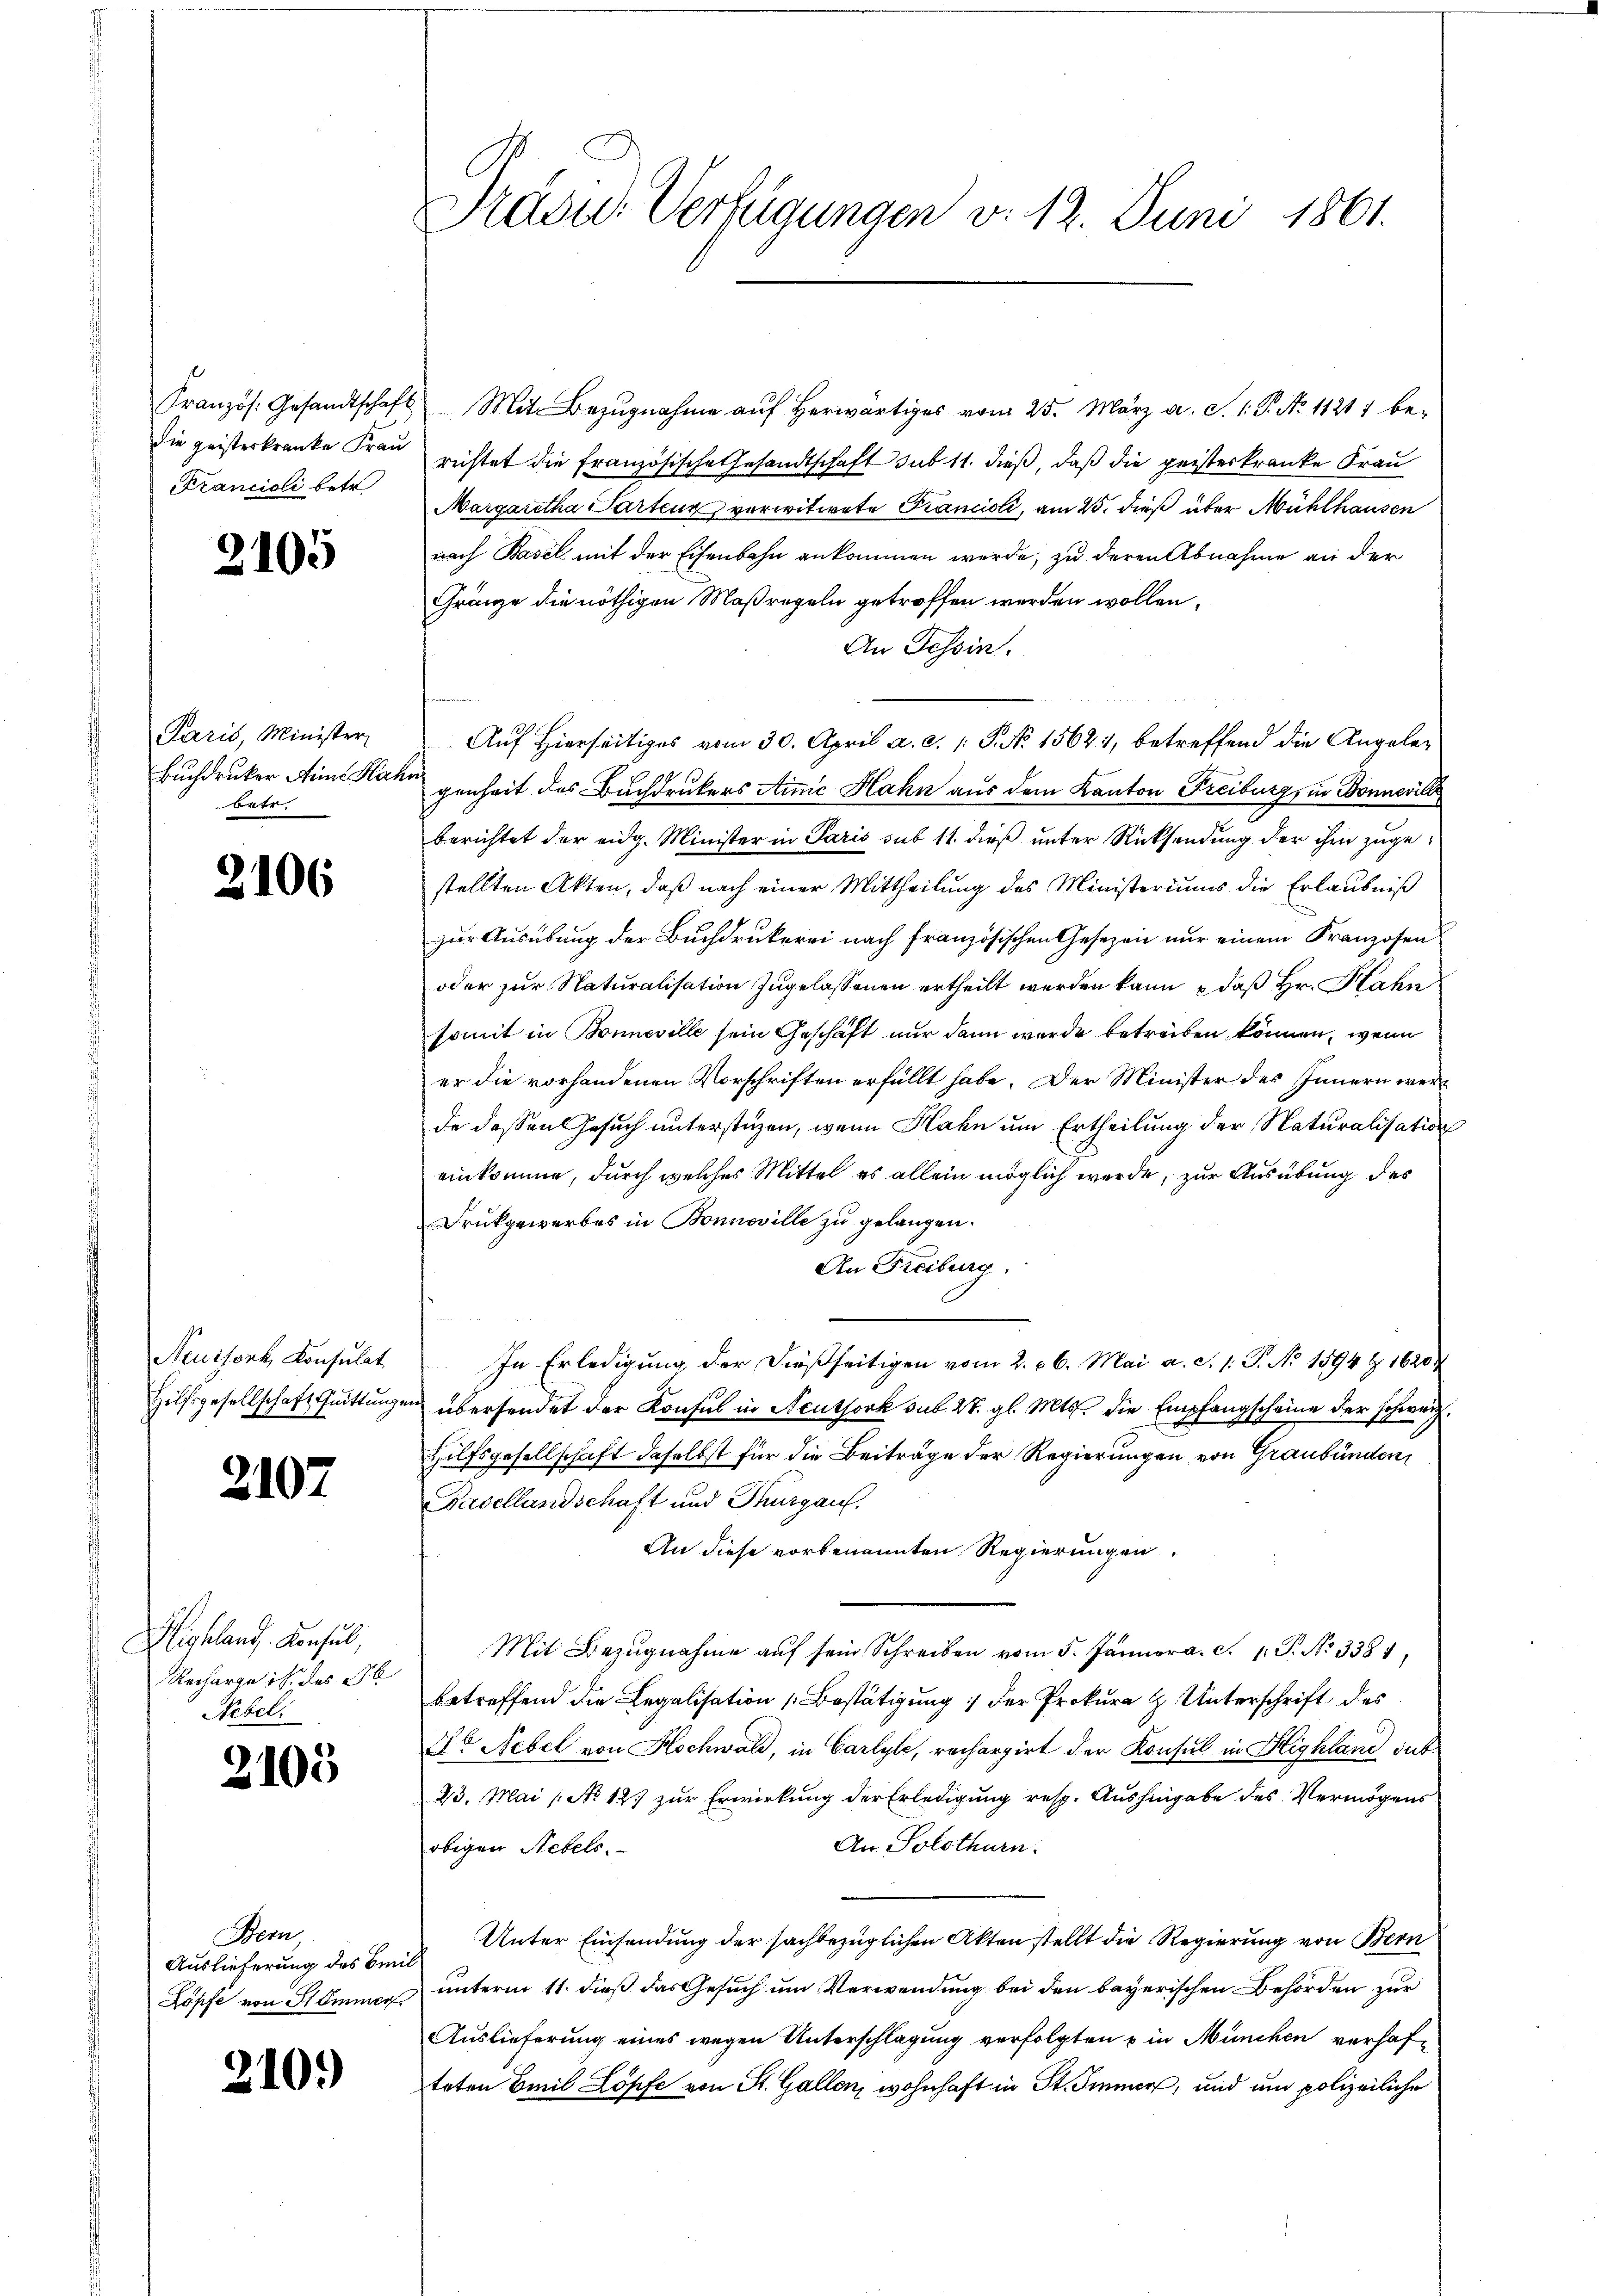
die geisterkranke Frau
Krancioli betr

2105

Paris, Minister
Buchdruker Anna Hah
betr.

2106

Neuisork, Konsulat

2107.

Mighland. Konsul,
Recharge ich des 16
Nebel.

2105

Sem
Auslieferung des Bei
Köpfe von Stämmer

210.)

Präsid. Verfügungen v. 12. Juni 1861.

Französ. Gesandtschaft Mit Bezŭgnahme aŭf herwärtiges vom 25. März a. S. 1. P. No 1121 be-
richtet die französische Gesandtschaft sub 11. dieß, daß die geisterkranke Frau
Margaretha Partenz verwitwete Krancici, am 25. dieß über Mühlhausen
nach Basel mit der Eisenbahn ankommen werde, zu deren Abnahme an der
Gränze die nöthigen Maßregeln getroffen werden wollen,
An Tessin.
Auf Hierseitiges vom 30. April a. c. 1 S. No 15624, betreffend die Angelegenheit des Buchdrukers eine Hahn aus dem Kanton Freiburg, in Donneville
berichtet der eidg. Minister in Paris sub 11 dieß unter Rücksendung der ihm zugestellten Akten, daß nach einer Mittheilung des Ministeriums die Erlaubniß
zur Ausübung der Buchdrukerei nach französischen Gesezen nur einem Franzosen
oder zur Naturalisation zugelassenen ertheilt werden kann, daß Hr. Hahn
somit in Bonneville sein Geschäft nur dann wurde betreiben können, wenn
er die vorhandenen Vorschriften erfüllt habe. Der Minister des Innern werde dessen Gesuch unterstüzen, wenn Hahn um Ertheilung der Naturalisation
einkomme, durch welches Mittel es allein möglich werde, zur Ausübung des
Drückgewerbes in Bonnoville zu gelangen.
An Freiburg.
In Erledigung der dießseitigen vom 2. 66. Mai a. S. 1: G. No 1594 § 1620
Hilfsgesellschaft Guittungen übersendet der Konsul in Aeuthork sub 27. gl. Mts. die Empfangscheine der schweiz.
Hilfsgesellschaft daselbst für die Beiträge der Regierungen von Graubünden,
Basellandschaft und Thurgau.
An diese vorbenannten Regierungen
Mit Bezugnahme aŭf sein Schreiben vom 5. Januar a. c. 1 S. No 3381,
betreffend die Legalisation Bestätigung der Prokurat Unterschrift des
Dr Nebel von Hochwald, in Carlyle, rechargirt der Konsul in Highland sub
23. Mai /: No 12. zur Erwirkung der Erledigung resp. Aushingabe des Vermögens
An Solothurn.
obigen Nebels.
 Unter Einsendung der sachbezüglichen Akten stellt die Regierung von Bern
unterm 11. dieß das Gesuch um Verwendung bei den bayerischen Behörden zur
Auslieferung eines wegen Unterschlagung verfolgten & in München verhaftoten Emil Löpfe von St. Gallen, wohnhaft in St. Immer, und um polizeiliche